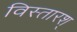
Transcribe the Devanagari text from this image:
विस्तारश्